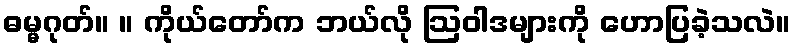
ဓမ္မဂုတ်။ ။ ကိုယ်တော်က ဘယ်လို ဩဝါဒများကို ဟောပြခဲ့သလဲ။